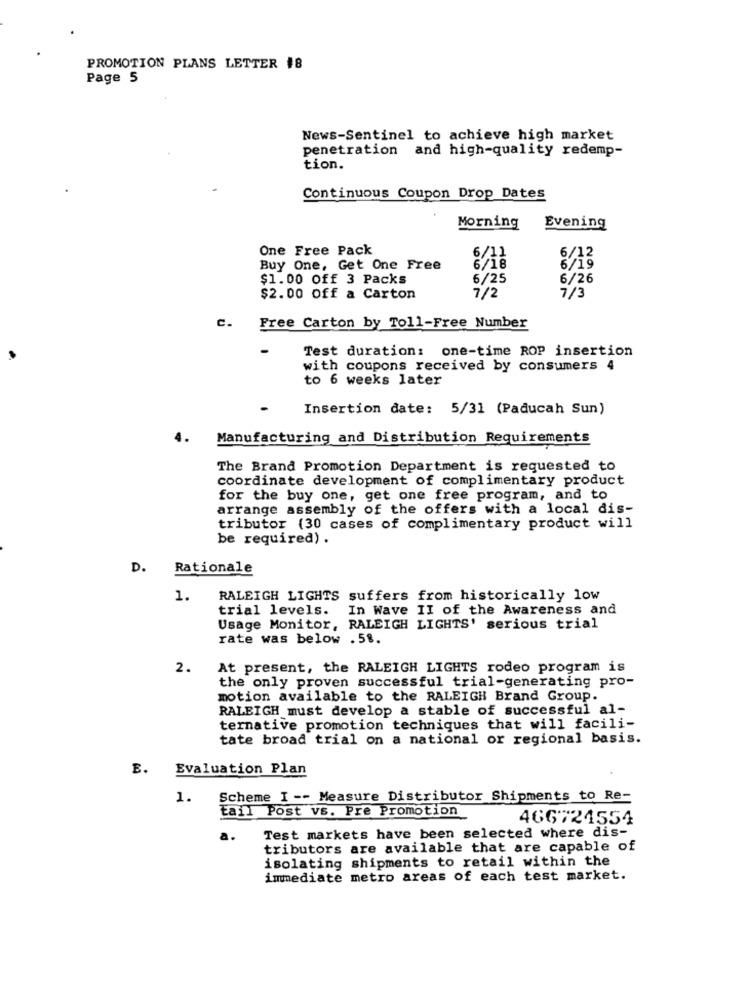
PROMOTION PLANS LETTER 18
Page 5
News-Sentinel to achieve high market
penetration and high-quality redemp-
tion.
Continuous Coupon Drop Dates
Morning
Evening
One Free Pack
6/12
Buy One, Get One Free
6/19
$1.00 Off 3 Packs
6/25
6/26
$2.00 Off a Carton
7/2
7/3
C.
Free Carton by Toll-Free Number
-
Test duration: one-time ROP insertion
with coupons received by consumers 4
to 6 weeks later
Insertion date: 5/31 (Paducah Sun)
Manufacturing and Distribution Requirements
The Brand Promotion Department is requested to
coordinate development of complimentary product
for the buy one, get one free program, and to
arrange assembly of the offers with a local dis-
tributor (30 cases of complimentary product will
be required) .
D.
Rationale
1.
RALEIGH LIGHTS suffers from historically low
trial levels.
In Wave II of the Awareness and
Usage Monitor, RALEIGH LIGHTS' serious trial
rate was below . 5%.
2.
At present, the RALEIGH LIGHTS rodeo program is
the only proven successful trial-generating pro-
motion available to the RALEIGH Brand Group.
RALEIGH must develop a stable of successful al-
ternative promotion techniques that will facili-
tate broad trial on a national or regional basis.
E. Evaluation Plan
1.
Scheme I -- Measure Distributor Shipments to Re-
tail Post vs. Pre Promotion
466724554
a.
Test markets have been selected where dis-
tributors are available that are capable of
isolating shipments to retail within the
immediate metro areas of each test market.